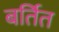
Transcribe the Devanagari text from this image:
बर्तित